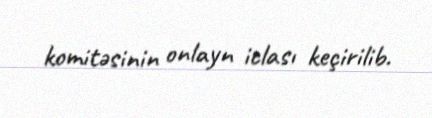
komitəsinin onlayn iclası keçirilib.